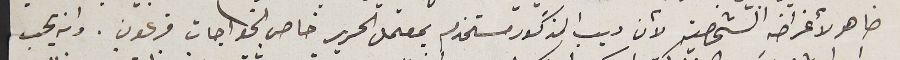
ضاهر لأغراضهِ الشخصيه لأن ديب المذكور مستخدم بمعمل الحرير خاص الخواجات فرعون. وانه يحب